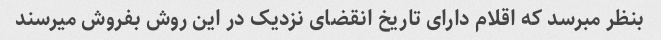
بنظر مبرسد که اقلام دارای تاریخ انقضای نزدیک در این روش بفروش میرسند